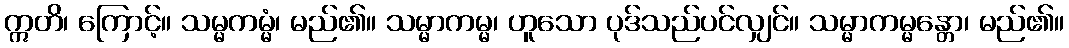
ဣတိ၊ ကြောင့်။ သမ္မကမ္မံ၊ မည်၏။ သမ္မာကမ္မ၊ ဟူသော ပုဒ်သည်ပင်လျှင်။ သမ္မာကမ္မန္တော၊ မည်၏။